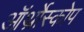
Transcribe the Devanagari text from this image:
ऑर्थ्रोस्कोप